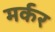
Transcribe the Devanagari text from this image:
मर्कर